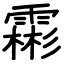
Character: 霦